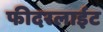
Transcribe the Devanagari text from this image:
फीदरलाईट